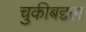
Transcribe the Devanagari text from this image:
चुकीबद्दल